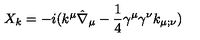
X _ { k } = - i ( k ^ { \mu } \hat { \nabla } _ { \mu } - { \frac { 1 } { 4 } } \gamma ^ { \mu } \gamma ^ { \nu } k _ { \mu ; \nu } )